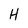
Character: H